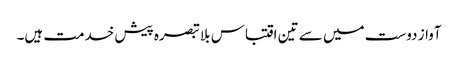
آواز دوست میں سے تین اقتباس بلا تبصرہ پیش خدمت ہیں۔